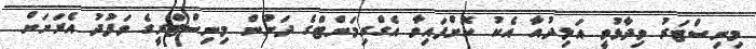
މިނިސްޓަރު ވިދާޅުވީ އަލިދުއާ އެކު ކޮށްފައިވާ އެގްރިމަންޓްގެ ދަށުން މިނިސްޓްރީގެ ވަފުދު އެރަށަށް